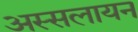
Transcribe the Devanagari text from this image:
अस्सलायन